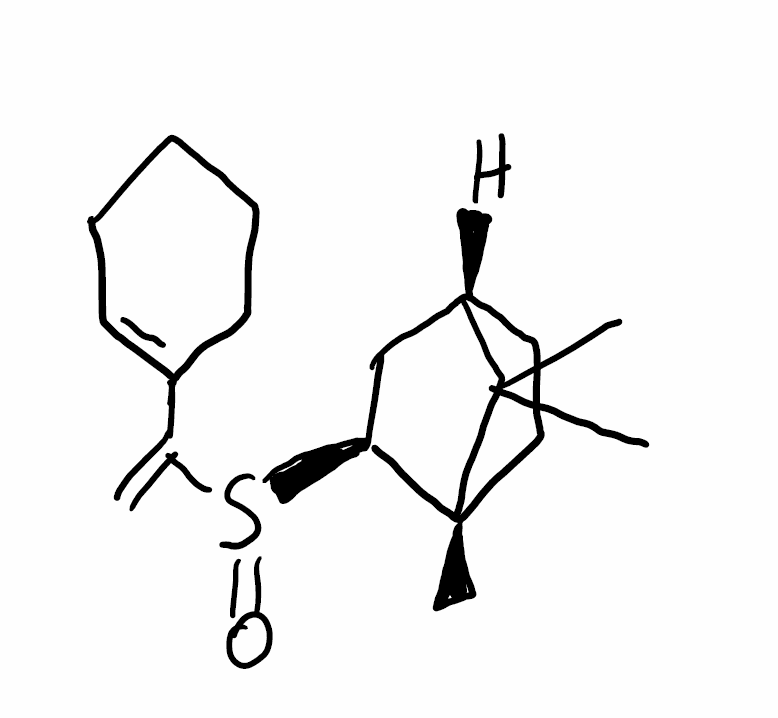
Simplified molecular-input line-entry system (SMILES) notation of the given molecule:
C[C@]12CC[C@H](C1(C)C)C[C@@H]2S(=O)C(=C)C3=CCCCC3